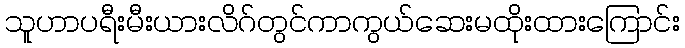
သူဟာပရီးမီးယားလိဂ်တွင်ကာကွယ်ဆေးမထိုးထားကြောင်း